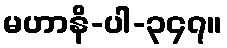
မဟာနိ-ပါ-၃၄၇။